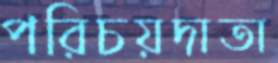
পরিচয়দাতা